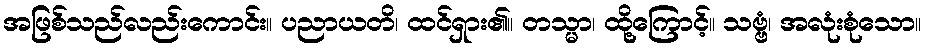
အဖြစ်သည်လည်းကောင်း။ ပညာယတိ၊ ထင်ရှား၏။ တသ္မာ၊ ထို့ကြောင့်။ သဗ္ဗံ၊ အလုံးစုံသော။